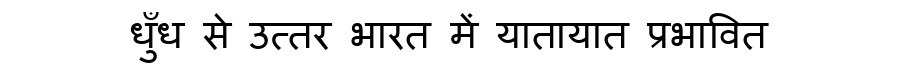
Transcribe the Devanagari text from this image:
धुँध से उत्तर भारत में यातायात प्रभावित